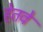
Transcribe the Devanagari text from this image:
हेतवे